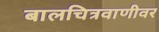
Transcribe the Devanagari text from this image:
बालचित्रवाणीवर